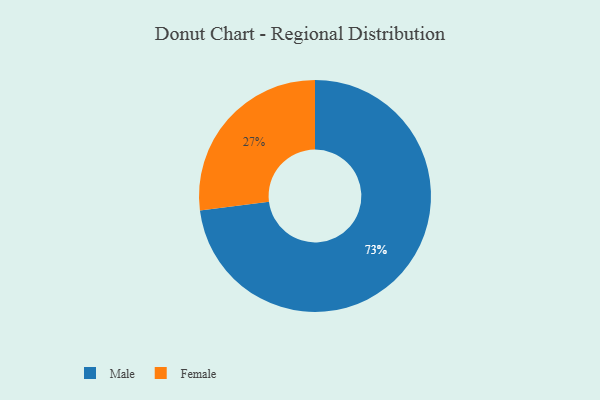
{"axis": {"x": "Category", "y": "Percentage"}, "legend": ["Female", "Male"], "data": [{"x": "Male", "y": 73, "type": "Male"}, {"x": "Female", "y": 27, "type": "Female"}]}